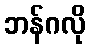
ဘန်ဂလို